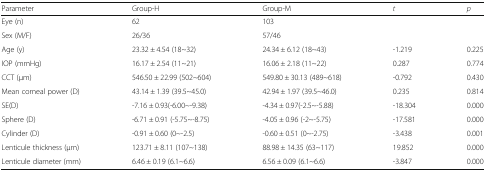
<table><thead><tr><td><b>Parameter</b></td><td><b>Group-H</b></td><td><b>Group-M</b></td><td><b><i>t</i></b></td><td><b><i>p</i></b></td></tr></thead><tbody><tr><td>Eye (n)</td><td>62</td><td>103</td><td></td><td></td></tr><tr><td>Sex (M/F)</td><td>26/36</td><td>57/46</td><td></td><td></td></tr><tr><td>Age (y)</td><td>23.32 ± 4.54 (18~32)</td><td>24.34 ± 6.12 (18~43)</td><td>-1.219</td><td>0.225</td></tr><tr><td>IOP (mmHg)</td><td>16.17 ± 2.54 (11~21)</td><td>16.06 ± 2.18 (11~22)</td><td>0.287</td><td>0.774</td></tr><tr><td>CCT (μm)</td><td>546.50 ± 22.99 (502~604)</td><td>549.80 ± 30.13 (489~618)</td><td>-0.792</td><td>0.430</td></tr><tr><td>Mean corneal power (D)</td><td>43.14 ± 1.39 (39.5~45.0)</td><td>42.94 ± 1.97 (39.5~46.0)</td><td>0.235</td><td>0.814</td></tr><tr><td>SE(D)</td><td>-7.16 ± 0.93(-6.00~-9.38)</td><td>-4.34 ± 0.97(-2.5~-5.88)</td><td>-18.304</td><td>0.000</td></tr><tr><td>Sphere (D)</td><td>-6.71 ± 0.91 (-5.75~-8.75)</td><td>-4.05 ± 0.96 (-2~-5.75)</td><td>-17.581</td><td>0.000</td></tr><tr><td>Cylinder (D)</td><td>-0.91 ± 0.60 (0~-2.5)</td><td>-0.60 ± 0.51 (0~-2.75)</td><td>-3.438</td><td>0.001</td></tr><tr><td>Lenticule thickness (μm)</td><td>123.71 ± 8.11 (107~138)</td><td>88.98 ± 14.35 (63~117)</td><td>19.852</td><td>0.000</td></tr><tr><td>Lenticule diameter (mm)</td><td>6.46 ± 0.19 (6.1~6.6)</td><td>6.56 ± 0.09 (6.1~6.6)</td><td>-3.847</td><td>0.000</td></tr></tbody></table>